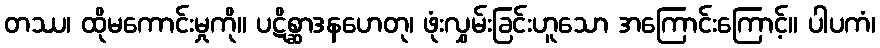
တဿ၊ ထိုမကောင်းမှုကို။ ပဋိစ္ဆာဒနဟေတု၊ ဖုံးလွှမ်းခြင်းဟူသော အကြောင်းကြောင့်။ ပါပကံ၊